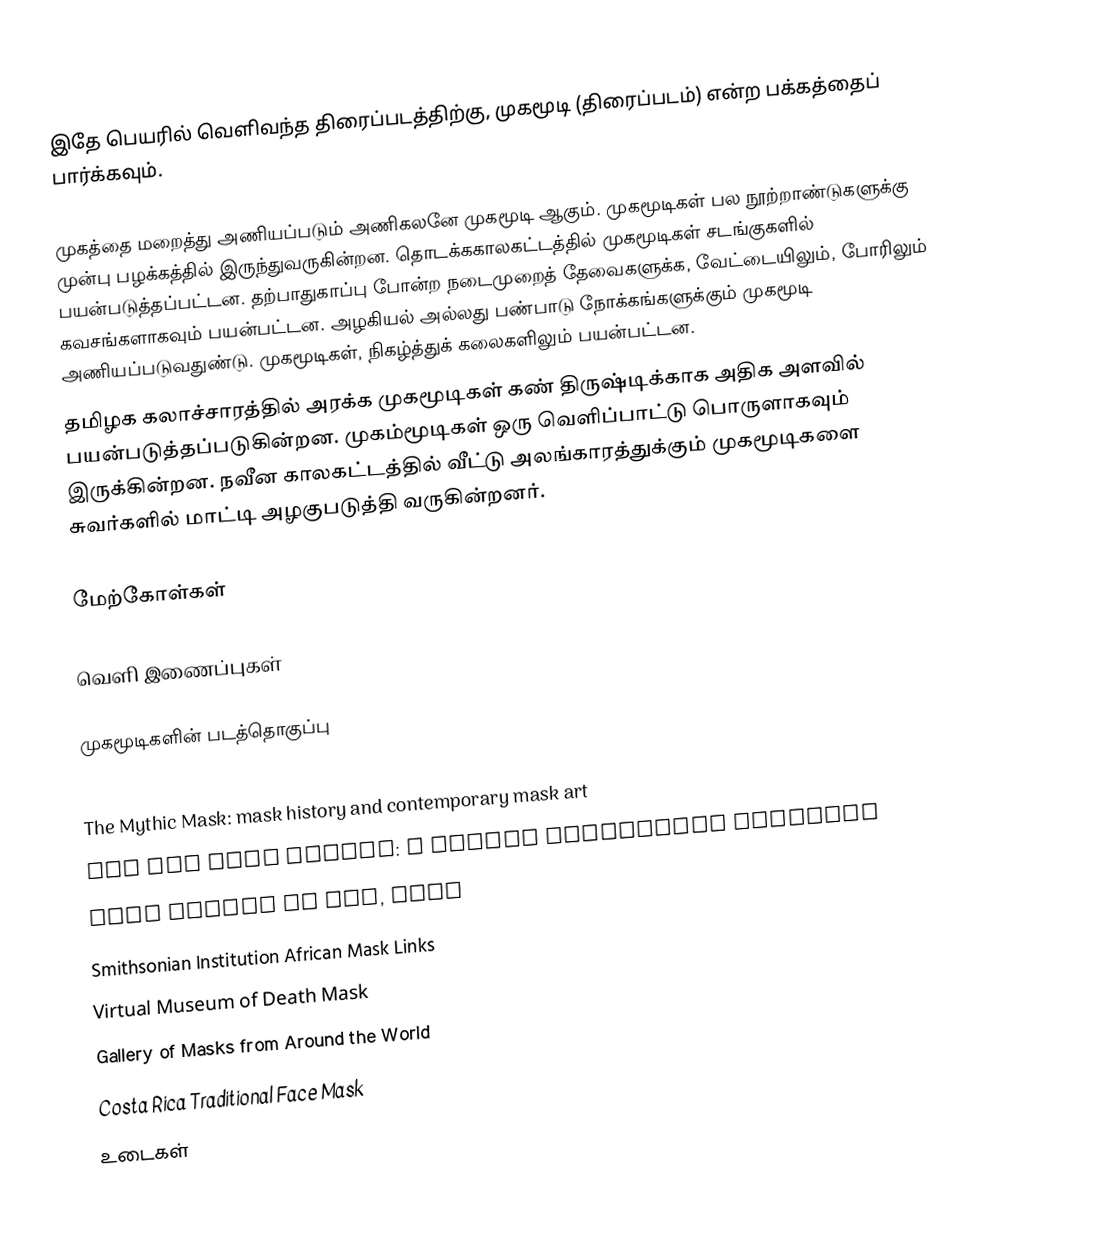
இதே பெயரில் வெளிவந்த திரைப்படத்திற்கு, முகமூடி (திரைப்படம்) என்ற பக்கத்தைப் பார்க்கவும்.

முகத்தை மறைத்து அணியப்படும் அணிகலனே முகமூடி ஆகும். முகமூடிகள் பல நூற்றாண்டுகளுக்கு முன்பு பழக்கத்தில் இருந்துவருகின்றன.  தொடக்ககாலகட்டத்தில் முகமூடிகள் சடங்குகளில் பயன்படுத்தப்பட்டன. தற்பாதுகாப்பு போன்ற நடைமுறைத் தேவைகளுக்க, வேட்டையிலும், போரிலும் கவசங்களாகவும் பயன்பட்டன. அழகியல் அல்லது பண்பாடு நோக்கங்களுக்கும் முகமூடி அணியப்படுவதுண்டு. முகமூடிகள், நிகழ்த்துக் கலைகளிலும் பயன்பட்டன.
தமிழக கலாச்சாரத்தில் அரக்க முகமூடிகள் கண் திருஷ்டிக்காக அதிக அளவில் பயன்படுத்தப்படுகின்றன. முகம்மூடிகள் ஒரு வெளிப்பாட்டு பொருளாகவும் இருக்கின்றன. நவீன காலகட்டத்தில் வீட்டு அலங்காரத்துக்கும் முகமூடிகளை சுவர்களில் மாட்டி அழகுபடுத்தி வருகின்றனர்.

மேற்கோள்கள்

வெளி இணைப்புகள்

 முகமூடிகளின் படத்தொகுப்பு
Ritual, Masks, and Sacrifice
The Mythic Mask: mask history and contemporary mask art
The Noh Mask Effect: A Facial Expression Illusion
Mask Makers of Mas, Bali
Smithsonian Institution African Mask Links
Virtual Museum of Death Mask
Gallery of Masks from Around the World
Costa Rica Traditional Face Mask
உடைகள்